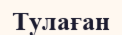
Тулаған